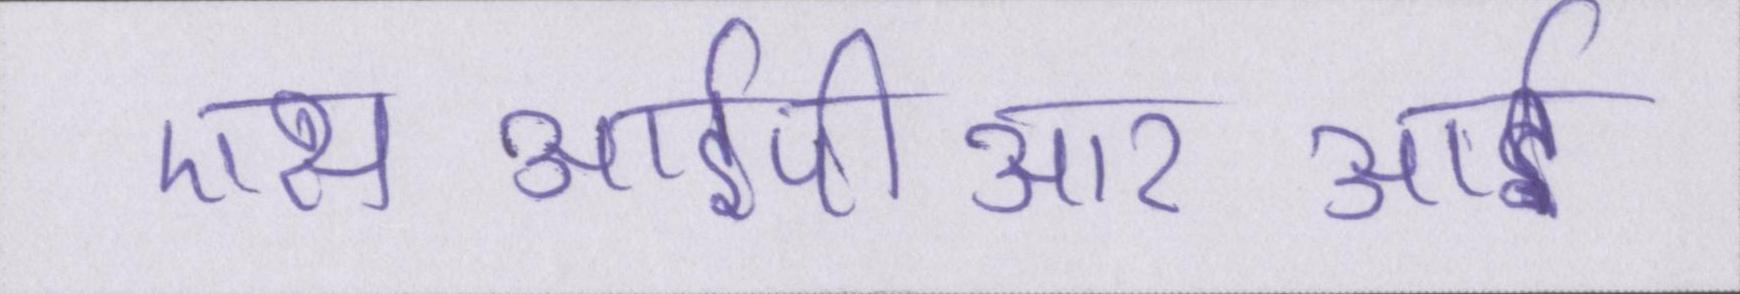
एसआईपीआरआई